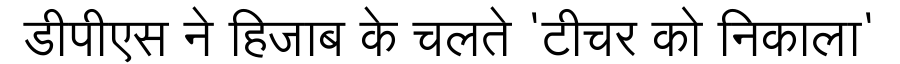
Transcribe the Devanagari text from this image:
डीपीएस ने हिजाब के चलते 'टीचर को निकाला'